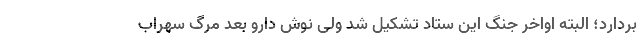
بردارد؛ البته اواخر جنگ این ستاد تشکیل شد ولی نوش دارو بعد مرگ سهراب